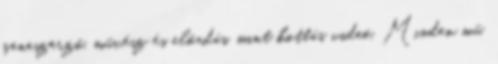
zeneszerző, művész és előadás, mint kottás videó. Minden mű,